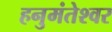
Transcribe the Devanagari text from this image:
हनुमंतेश्वर